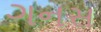
ગનસ